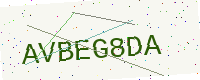
Text: AVBEG8DA